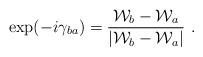
LaTeX: \begin{align*}\exp(-i\gamma_{ba})= {{\cal W}_{b}-{\cal W}_a\over |{\cal W}_{b}-{\cal W}_a|}~.\end{align*}